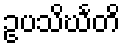
ဥပသိင်္ဃတိ